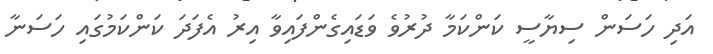
އަދި ހަސަން ސިޔާސީ ކަންކަމާ ދުރުވެ ވަޑައިގެންފައިވާ އިރު އެފަދަ ކަންކަމުގައި ހަސަނާ